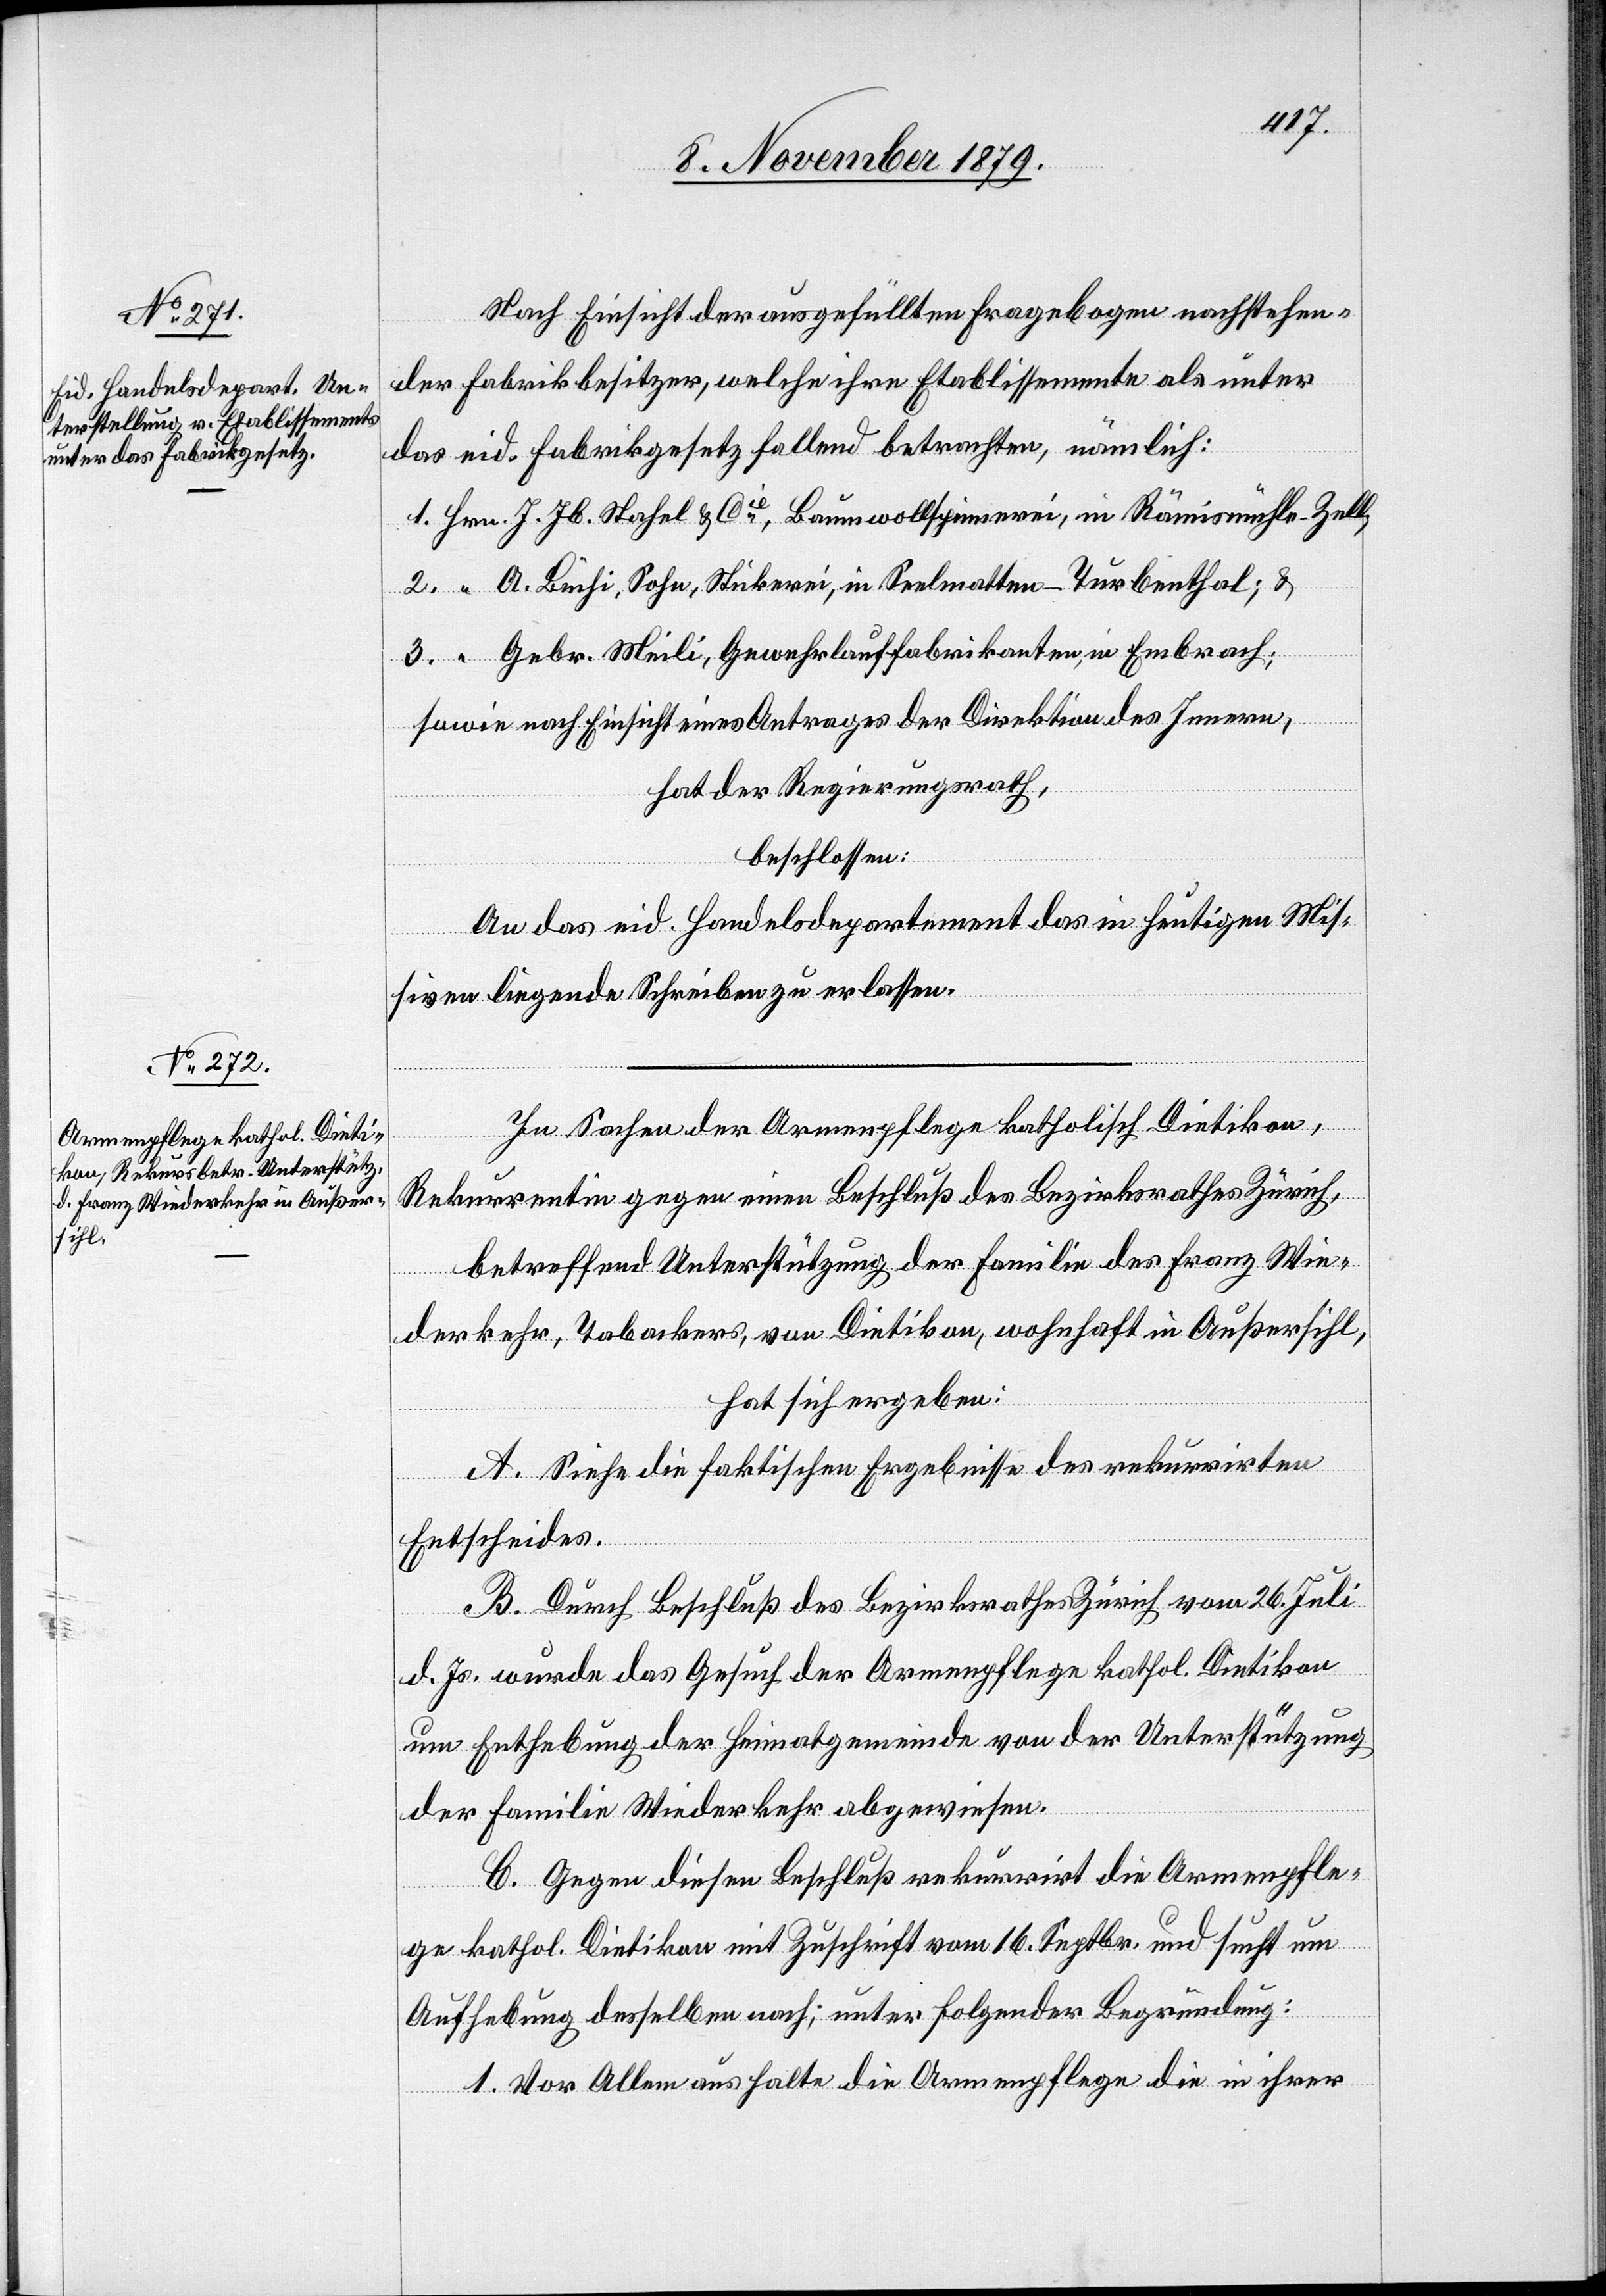
Nach Einsicht der ausgefüllten Fragebogen nachstehen¬
der Fabrikbesitzer, welche ihre Etablissemente als unter
das eid. Fabrikgesetz fallend betrachten, nämlich:
1. Hrn. J. Jb. Stahel & Cie, Baumwollspinnerei, in Rämismühle - Zell,
2. “ A. Büchi, Sohn, Stickerei, in Seelmatten - Turbenthal; &
3. “ Gebr. Meili, Gewehrlauffabrikanten, in Embrach;
Sowie nach Einsicht eines Antrages der Direktion des Innern,
hat der Regierungsrath,
beschlossen:
An das eid. Handelsdepartement das in heutigen Mis¬
siven liegende Schreiben zu erlassen.
In Sachen der Armenpflege katholisch Dietikon,
Rekurrentin gegen einen Beschluß des Bezirksrathes Zürich,
betreffend Unterstützung der Familie des Franz Wie¬
derkehr, Tabackers, von Dietikon, wohnhaft in Außersihl,
hat sich ergeben:
A. Siehe die faktischen Ergebnisse des rekurrirten
Entscheides.
B. Durch Beschluß des Bezirksrathes Zürich vom 26. Juli
d. Js. wurde das Gesuch der Armenpflege kathol. Dietikon
um Enthebung der Heimatgemeinde von der Unterstützung
der Familie Wiederkehr abgewiesen.
C. Gegen diesen Beschluß rekurrirt die Armenpfle¬
ge kathol. Dietikon mit Zuschrift vom 16. Septbr. und sucht um
Aufhebung desselben nach; unter folgender Begründung:
1. Vor Allem aus halte die Armenpflege die in ihrer